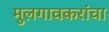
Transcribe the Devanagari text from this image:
मुलगावकरांचा